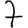
Digit: 7